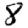
Digit: 8